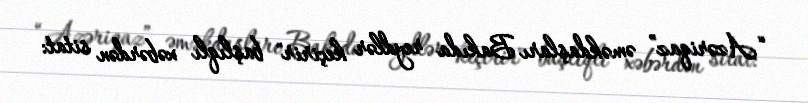
“Azəriqaz” əməkdaşları Bakıda reydlər keçirir" başlıqlı xəbərdən sitat: